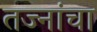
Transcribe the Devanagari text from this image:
तज्नांचा